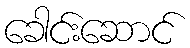
ခေါင်းဆောင်